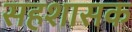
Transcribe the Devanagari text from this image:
सहशासक